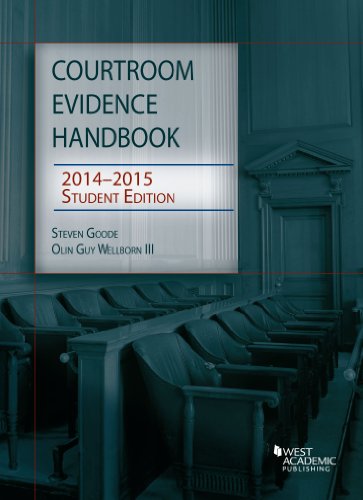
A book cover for Courtroom Evidence Handbook 2014-15, Student Edition (Selected Statutes); Steven Goode; Law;